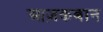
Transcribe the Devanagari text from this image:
आज़कबान